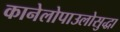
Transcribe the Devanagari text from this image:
कानेलोपाउलोसुद्धा